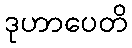
ဒုဟာပေတိ